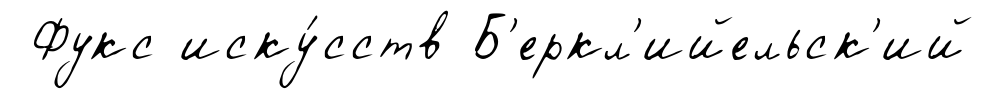
Фукс иску́сств Б'еркл'ийельск'ий